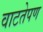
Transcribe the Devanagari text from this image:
वाटतेपण